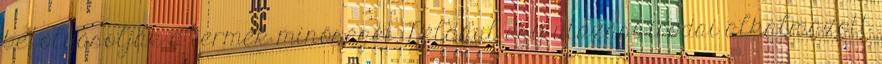
befolyásolják a termék minőségét. Például egy utazási irodai alkalmazott